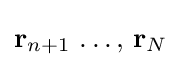
\mathbf {r} _{n+1}\,\ldots ,\,\mathbf {r} _{N}